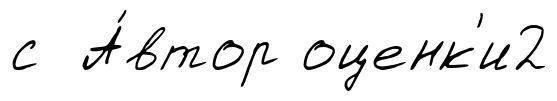
с А́втор оценк'и2